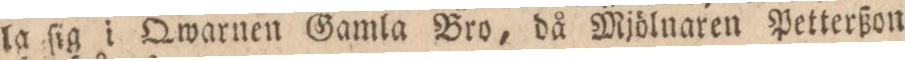
la ſig i Qwarnen Gamla Bro, då Mjölnaren Petterßon